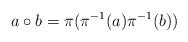
LaTeX: \begin{align*}a\circ b=\pi(\pi^{-1}(a)\pi^{-1}(b))\end{align*}